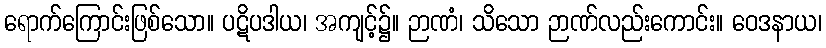
ရောက်ကြောင်းဖြစ်သော။ ပဋိပဒါယ၊ အကျင့်၌။ ဉာဏံ၊ သိသော ဉာဏ်လည်းကောင်း။ ဝေဒနာယ၊